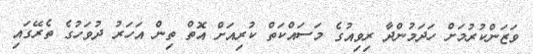
ވަޒަންކުރުމަށް ހަދަމުންދާ ރިވިއުގެ މަސައްކަތް ކުރިއަށް އޮތް ތިން އަހަރު ދުވަހުގެ ތެރޭގައި